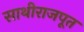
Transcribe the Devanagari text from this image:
साथीराजपूत